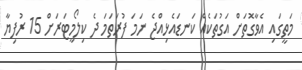
މަތީގައި އެވާގޮތަށް އަގުތަކެއް ކަނޑައެޅިއްޖެ ނަމަ ފުރަތަމަ ދެ ކިލޯމީޓަރަށް 15 ރުފިޔާ